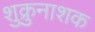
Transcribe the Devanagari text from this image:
शुक्रुनाशक